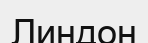
Линдон